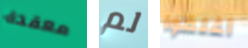
معقدة لم أغلقوا